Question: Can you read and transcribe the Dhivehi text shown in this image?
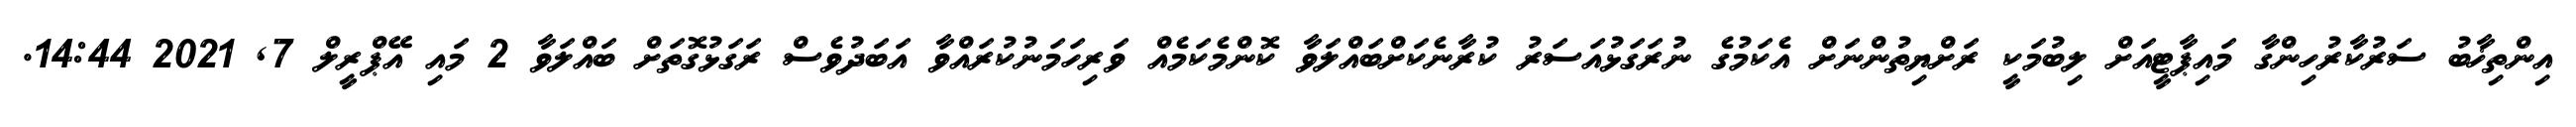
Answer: އިންތިޚާބު ސަރުކާރުހިންގާ މައިޕާޓީއަށް ލިބުމަކީ ރަށްޔިތުންނަށް އެކަމުގެ ނުރަގަޅުއަސަރު ކުރާނެކަށްބައްލަވާ ކޮންމެކަމެއް ވަރިހަމަނުކުރައްވާ އަބަދުވެސް ރަގަޅުގޮތަށް ބައްލަވާ 2 މައި އޭޕްރީލް 7, 2021 14:44.